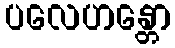
ပလေဟန္တော